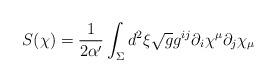
LaTeX: \begin{align*}S(\chi)=\frac{1}{2\alpha^{\prime}}\int_{\Sigma}d^{2}\xi\sqrt{g}g^{ij}\partial_{i}\chi^{\mu}\partial_{j}\chi_{\mu}\end{align*}